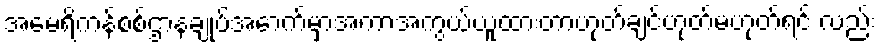
အမေရိကန်စစ်ဌာနချုပ်အောက်မှာအကာအကွယ်ယူထားတာဟုတ်ချင်ဟုတ်မဟုတ်ရင် လည်း